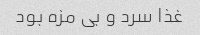
غذا سرد و بی مزه بود